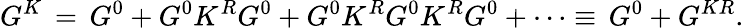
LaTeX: G^{K}\, =\, G^{0}+G^{0}K^{R}G^{0}+G^{0}K^{R}G^{0}K^{R}G^{0}+\cdots\equiv\, G^{0}+G^{KR}.